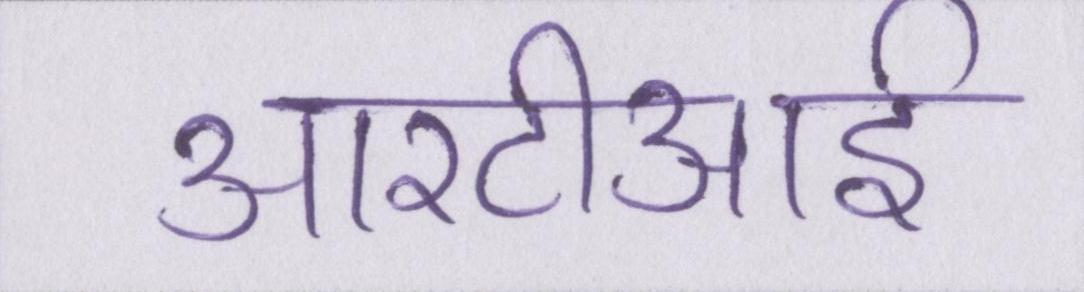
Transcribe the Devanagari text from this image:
आरटीआई